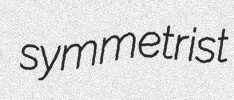
symmetrist